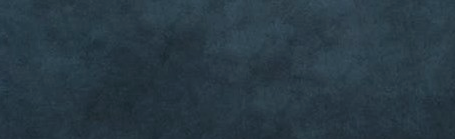
شارع الملك فهد